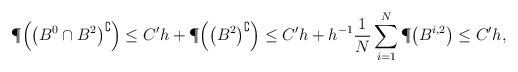
LaTeX: \begin{align*}\P\Bigl(\bigl(B^{0}\cap B^{2}\bigr)^{\complement}\Bigr) & \leq C'h+\P\Bigl(\bigl(B^{2}\bigr)^{\complement}\Bigr)\leq C'h+h^{-1}\frac{1}{N}\sum_{i=1}^{N}\P\bigl(B^{i,2}\bigr)\leq C'h,\end{align*}